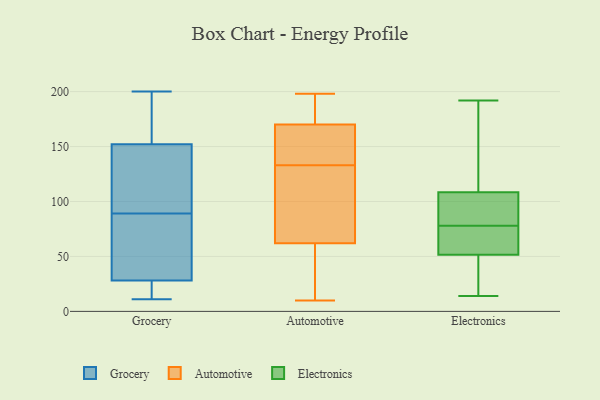
{"axis": {"x": "Production Output", "y": "Value"}, "legend": ["Automotive", "Electronics", "Grocery"], "data": [{"x": "", "y": 94, "type": "Grocery"}, {"x": "", "y": 155, "type": "Grocery"}, {"x": "", "y": 200, "type": "Grocery"}, {"x": "", "y": 18, "type": "Grocery"}, {"x": "", "y": 76, "type": "Grocery"}, {"x": "", "y": 92, "type": "Grocery"}, {"x": "", "y": 26, "type": "Grocery"}, {"x": "", "y": 19, "type": "Grocery"}, {"x": "", "y": 154, "type": "Grocery"}, {"x": "", "y": 34, "type": "Grocery"}, {"x": "", "y": 100, "type": "Grocery"}, {"x": "", "y": 186, "type": "Grocery"}, {"x": "", "y": 73, "type": "Grocery"}, {"x": "", "y": 170, "type": "Grocery"}, {"x": "", "y": 17, "type": "Grocery"}, {"x": "", "y": 52, "type": "Grocery"}, {"x": "", "y": 89, "type": "Grocery"}, {"x": "", "y": 146, "type": "Grocery"}, {"x": "", "y": 11, "type": "Grocery"}, {"x": "", "y": 194, "type": "Automotive"}, {"x": "", "y": 10, "type": "Automotive"}, {"x": "", "y": 184, "type": "Automotive"}, {"x": "", "y": 62, "type": "Automotive"}, {"x": "", "y": 169, "type": "Automotive"}, {"x": "", "y": 158, "type": "Automotive"}, {"x": "", "y": 128, "type": "Automotive"}, {"x": "", "y": 49, "type": "Automotive"}, {"x": "", "y": 82, "type": "Automotive"}, {"x": "", "y": 170, "type": "Automotive"}, {"x": "", "y": 198, "type": "Automotive"}, {"x": "", "y": 121, "type": "Automotive"}, {"x": "", "y": 60, "type": "Automotive"}, {"x": "", "y": 138, "type": "Automotive"}, {"x": "", "y": 192, "type": "Electronics"}, {"x": "", "y": 80, "type": "Electronics"}, {"x": "", "y": 65, "type": "Electronics"}, {"x": "", "y": 77, "type": "Electronics"}, {"x": "", "y": 57, "type": "Electronics"}, {"x": "", "y": 16, "type": "Electronics"}, {"x": "", "y": 68, "type": "Electronics"}, {"x": "", "y": 14, "type": "Electronics"}, {"x": "", "y": 103, "type": "Electronics"}, {"x": "", "y": 85, "type": "Electronics"}, {"x": "", "y": 141, "type": "Electronics"}, {"x": "", "y": 188, "type": "Electronics"}, {"x": "", "y": 47, "type": "Electronics"}, {"x": "", "y": 39, "type": "Electronics"}, {"x": "", "y": 110, "type": "Electronics"}, {"x": "", "y": 107, "type": "Electronics"}, {"x": "", "y": 56, "type": "Electronics"}, {"x": "", "y": 25, "type": "Electronics"}, {"x": "", "y": 79, "type": "Electronics"}, {"x": "", "y": 129, "type": "Electronics"}]}